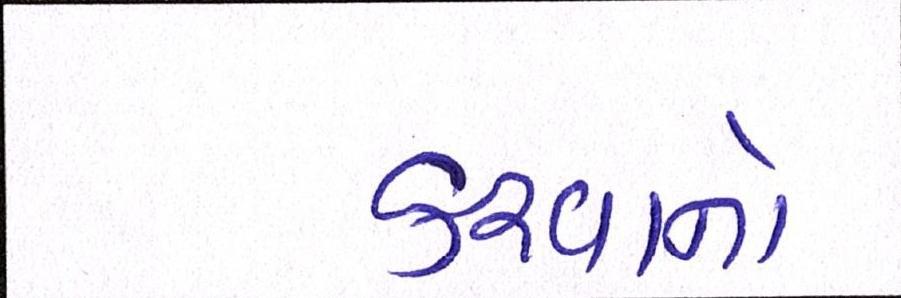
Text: કરવાનો